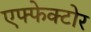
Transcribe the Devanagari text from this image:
एफ्फेक्टोर